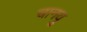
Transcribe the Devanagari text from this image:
चानयु